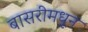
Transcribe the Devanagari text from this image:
बासरीमधून